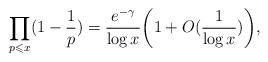
LaTeX: \begin{align*}\prod_{p\leqslant x}(1-\frac{1}{p})=\frac{e^{-\gamma}}{\log x}\biggl(1+O(\frac{1}{\log x})\biggr),\end{align*}